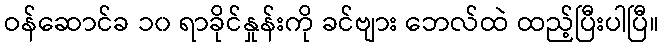
ဝန်ဆောင်ခ ၁၀ ရာခိုင်နှုန်းကို ခင်ဗျား ဘေလ်ထဲ ထည့်ပြီးပါပြီ။